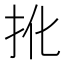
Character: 𢪎